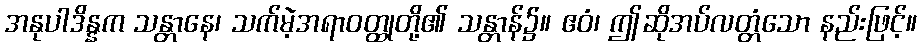
အနုပါဒိန္နက သန္တာနေ၊ သက်မဲ့အရာဝတ္ထုတို့၏ သန္တာန်၌။ ဧဝံ၊ ဤဆိုအပ်လတ္တံသော နည်းဖြင့်။